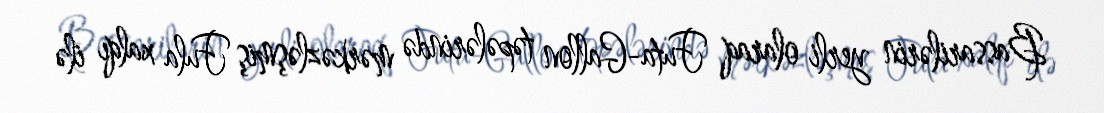
Bassarilərin yerli olaraq Futa-Gallon təpələrində mərkəzləşmiş Fula xalqı ilə